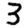
Digit: 3